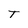
Character: T